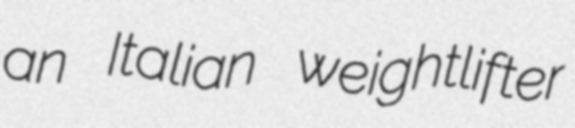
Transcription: an Italian weightlifter